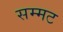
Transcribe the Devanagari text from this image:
सम्मट